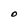
Character: O